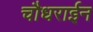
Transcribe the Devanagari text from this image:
चौधराईन